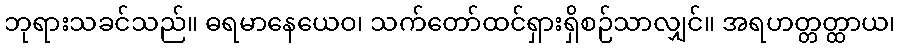
ဘုရားသခင်သည်။ ဓရမာနေယေဝ၊ သက်တော်ထင်ရှားရှိစဉ်သာလျှင်။ အရဟတ္တတ္ထာယ၊